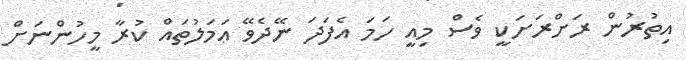
އިތުރުން ރަށްރަށަކީ ވެސް މިއީ ހަމަ އެފަދަ ނޭދެވޭ ޢަމަލުތައް ކުރާ މީހުންނަށް